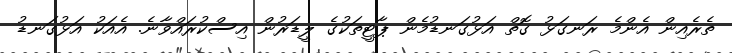
ތެރެއިން އެންމެ ރަނގަޅު ގޮތް އަޅުގަނޑުމެން ޕާޓީތަކުގެ ލީޑަރުން އިސްކުރައްވާނެ. އެއަކު އަޅުގަނޑު